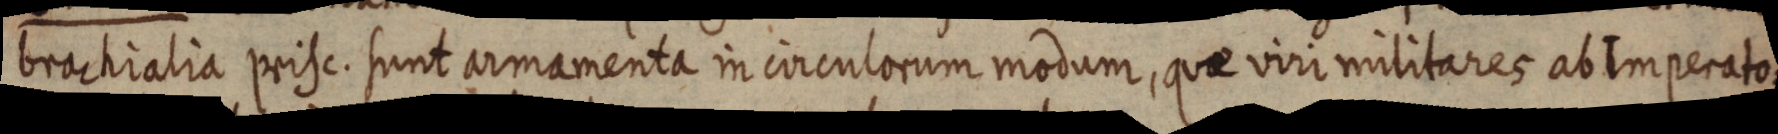
brachialia prisc. sunt armamenta in circulorum modum, quae viri militares ab Imperato